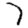
Digit: 7